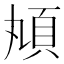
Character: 𩑖